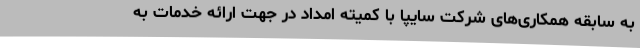
به سابقه همکاری‌های شرکت سایپا با کمیته امداد در جهت ارائه خدمات به